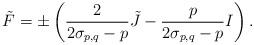
LaTeX: \begin{align*}\tilde{F}=\pm \left( \frac{2}{2\sigma _{p,q}-p}\tilde{J}-\frac{p}{2\sigma_{p,q}-p}I\right) . \end{align*}